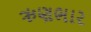
ઋણભાર